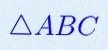
\triangle ABC